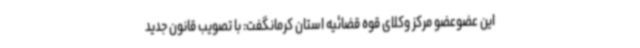
این عضوعضو مرکز وکلای قوه قضائیه استان کرمانگفت: با تصویب قانون جدید